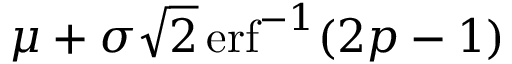
\mu + \sigma { \sqrt { 2 } } \operatorname { e r f } ^ { - 1 } ( 2 p - 1 )